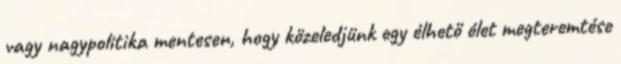
vagy nagypolitika mentesen, hogy közeledjünk egy élhető élet megteremtése